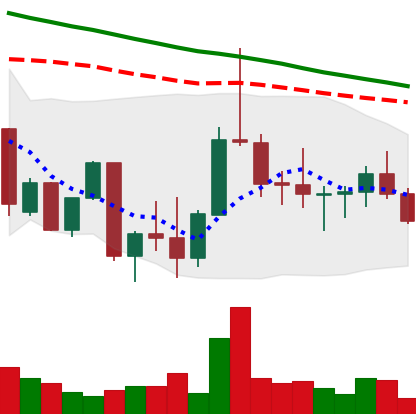
Ticker: DOGE-USD
Chart end date: 2022-10-02
Forward return: 5.264%
Label: up_5_7